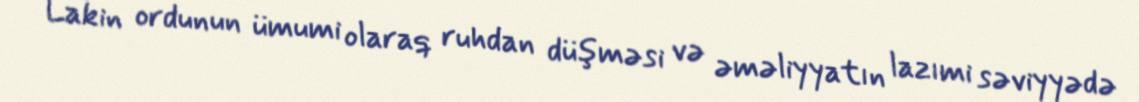
Lakin ordunun ümumi olaraq ruhdan düşməsi və əməliyyatın lazımi səviyyədə